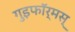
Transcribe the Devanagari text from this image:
गुइफॉर्मस्